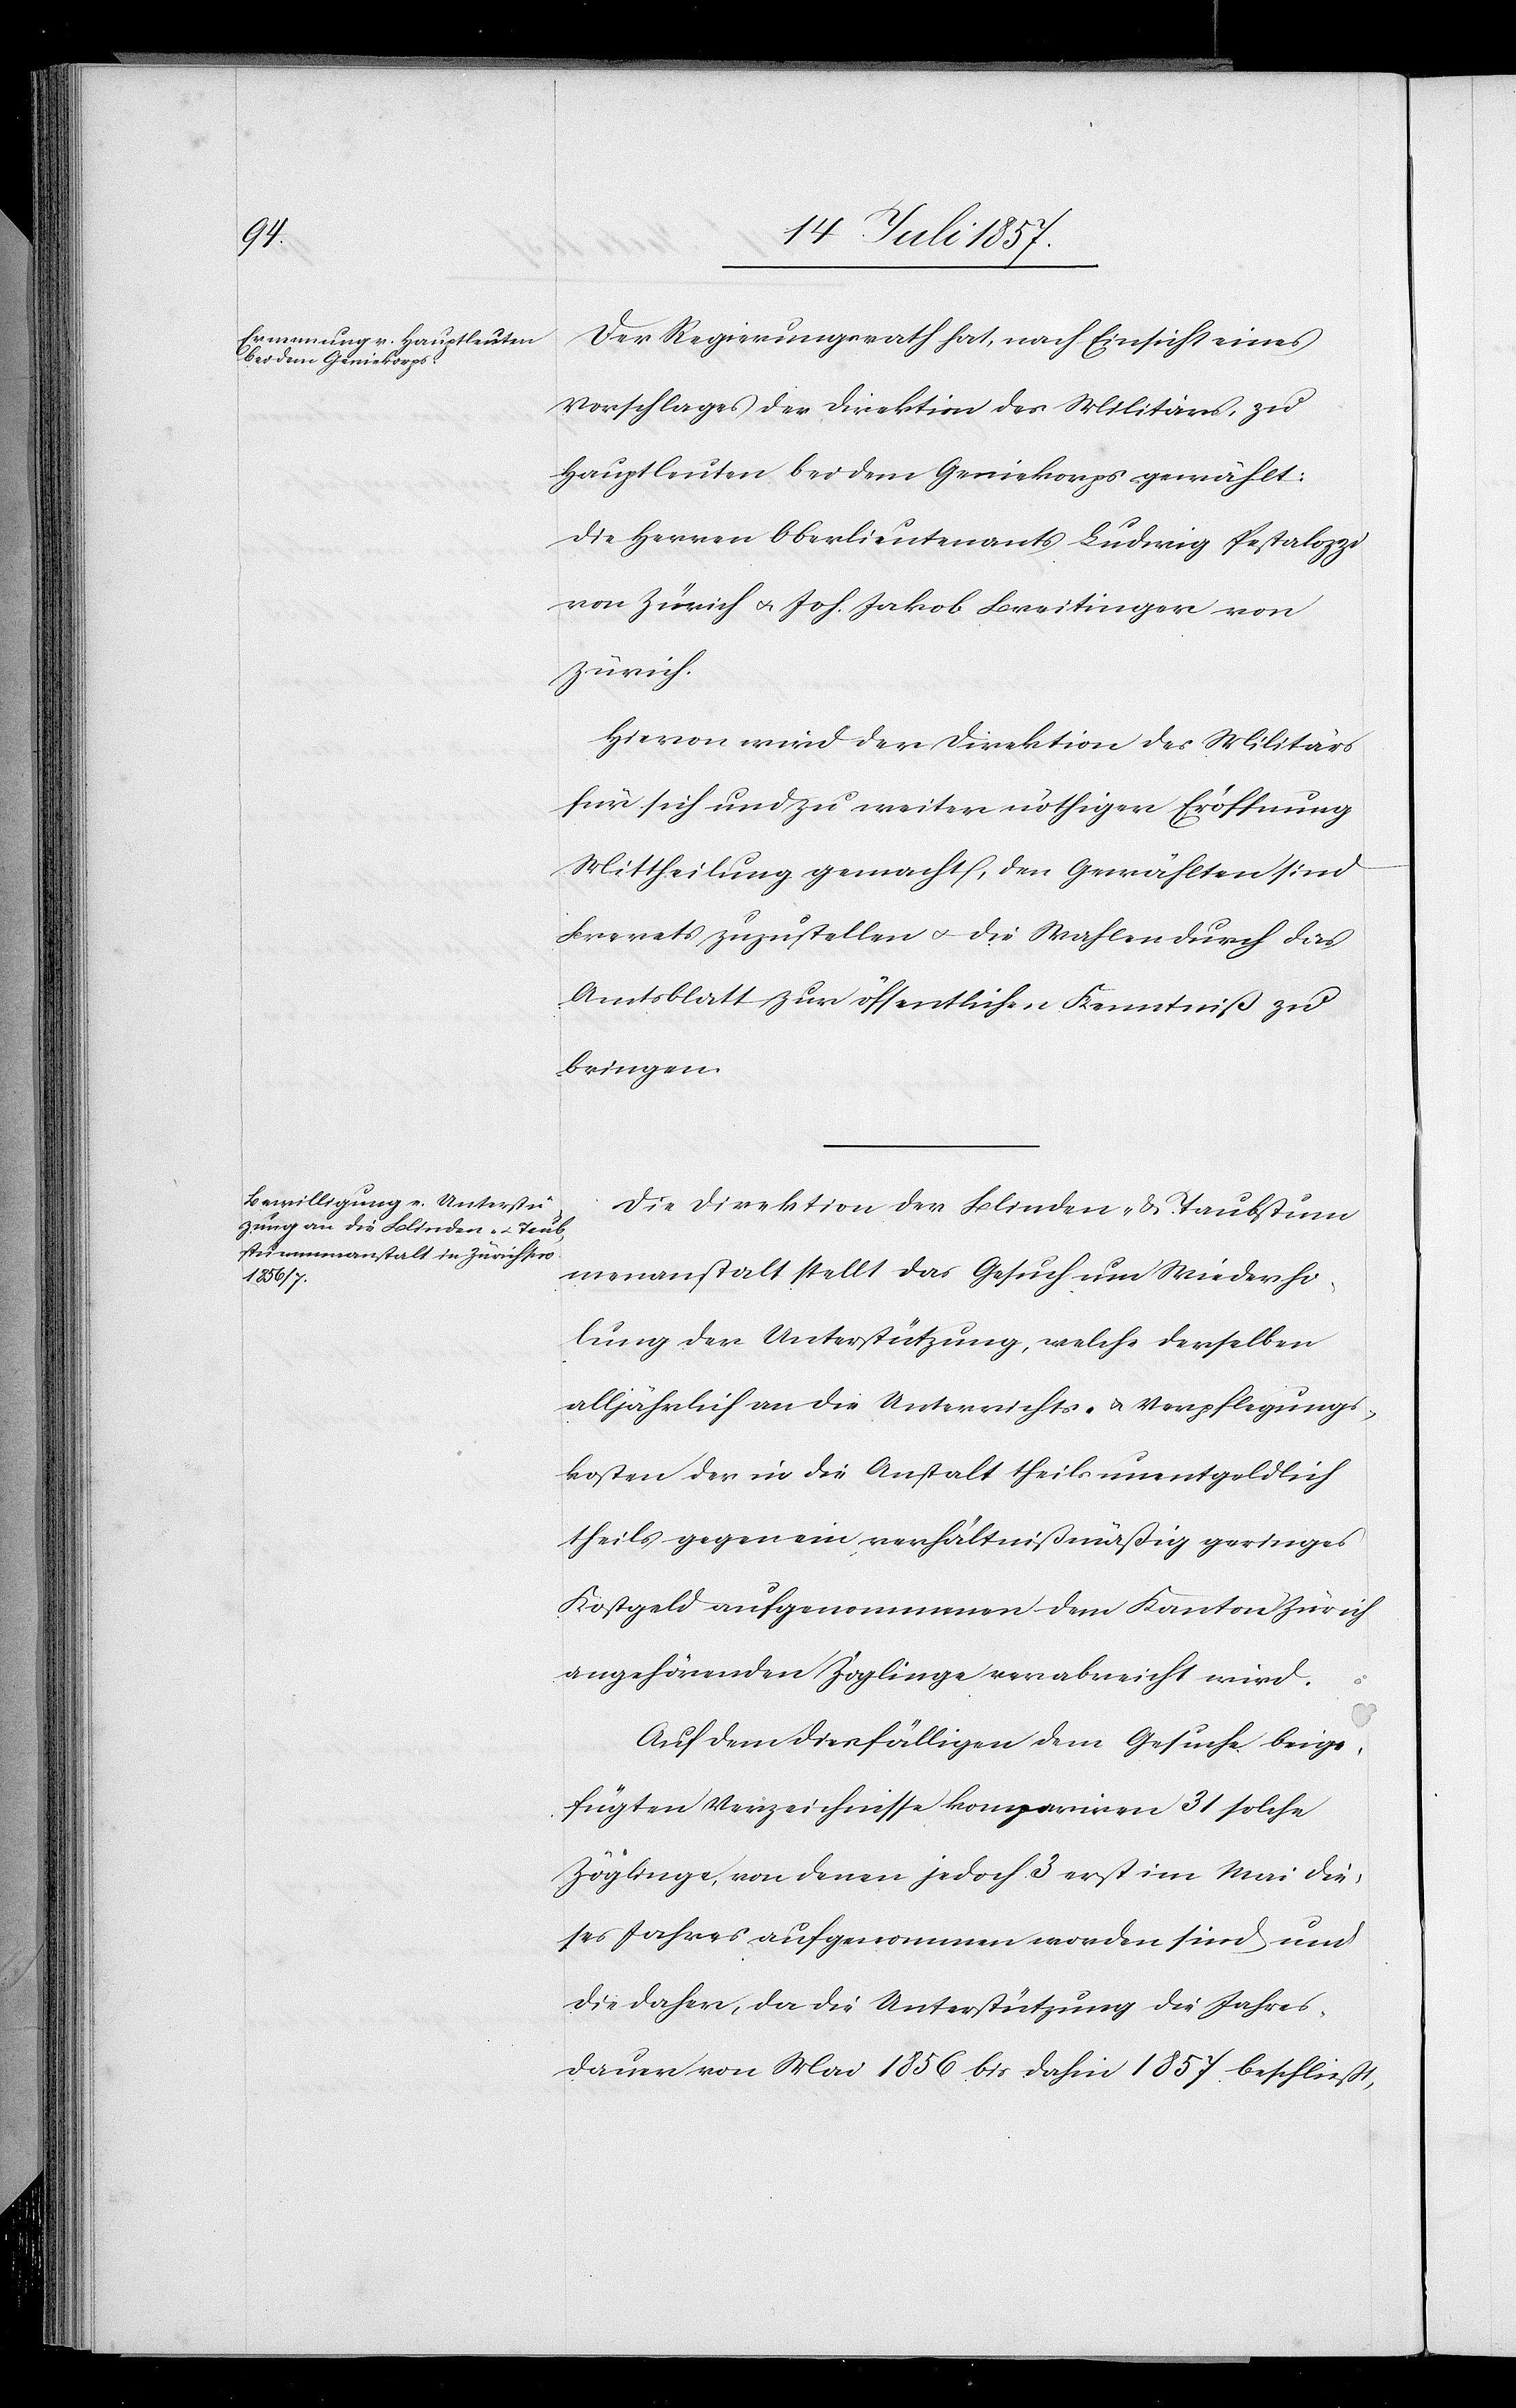
Der Regierungsrath hat, nach Einsicht eines
Vorschlages der Direktion des Militärs, zu
Hauptleuten bei dem Geniekorps gewählt:
die Herren Oberlieutnant Ludwig Pestalozzi
von Zürich & Joh. Jakob Breitingen von
Zürich.
Hievon wird der Direktion des Militärs
für sich und zu weiter nöthiger Eröffnung
Mittheilung gemacht, den Gewählten sind
Brevets zuzustellen & die Wahlen durch das
Amtsblatt zur öffentlichen Kenntniß zu
bringen.
Die Direktion der Blinden- & Taubstum¬
menanstalt stellt das Gesuch um Wiederho¬
lung der Unterstützung, welche derselben
alljährlich an die Unterrichts- & Verpflegungs¬
kosten der in die Anstalt theils unentgeldlich
theils gegen ein verhältnißmäßig geringes
Kostgeld aufgenommenen dem Kanton Zürich
angehörenden Zöglinge verabreicht wird.
Auf dem diesfälligen dem Gesuche beige¬
fügten Verzeichnisse kompariren 31 solche
Zöglinge, von denen jedoch 3 erst im Mai die¬
ses Jahres aufgenommen worden sind und
die daher, da die Unterstützung die Jahres¬
dauer von Mai 1856 bis dahin 1857 beschließt,